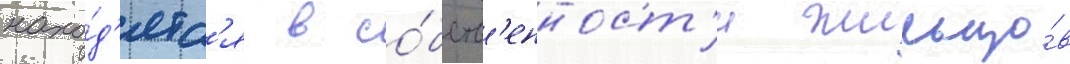
нахо́д'ятс'я в со́бств'енност'и жильцо́в